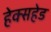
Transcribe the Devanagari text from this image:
हेक्सहेड